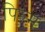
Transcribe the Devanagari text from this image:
पिल्म